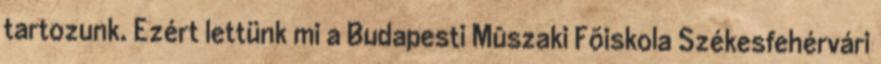
tartozunk. Ezért lettünk mi a Budapesti Mûszaki Fõiskola Székesfehérvári